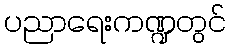
ပညာရေးကဏ္ဍတွင်